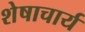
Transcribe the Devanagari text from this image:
शेषाचार्य